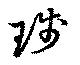
琖